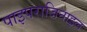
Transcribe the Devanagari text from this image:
पाइपराजिनाइल